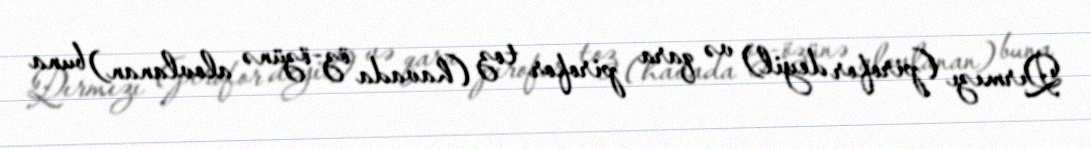
Qırmızı (pirofor deyil) və qara pirofor toz (havada öz-özünə alovlanan) buna